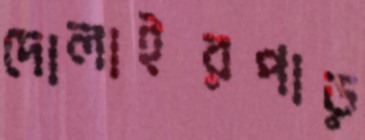
দোলাইরপাড়